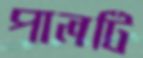
পালটি